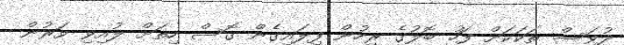
ދުވަސް ތަކަކަށް ފަހު ބޮލުގެ ރިހުން ފިލައިގެން ގޮސް ހިތަށް ލުއިވި ވަރުން